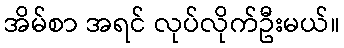
အိမ်စာ အရင် လုပ်လိုက်ဦးမယ်။